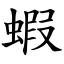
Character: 蝦